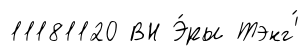
11181120 ВН Э́ры Тэнг'́